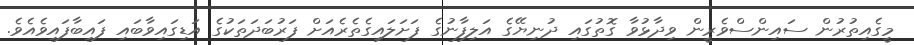
މީގެއިތުރުން ސައިންސްވެރީން ވިދާޅުވާ ގޮތުގައި ދުނިޔޭގެ އަލިފާނުގެ ފަށަލައިގެތެރެއަށް ފަރުބަދަތަކުގެ އަޑިގައިވާބައި ފައިބާފައިވެއެވެ.